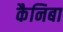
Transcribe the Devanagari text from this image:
कैनिबा